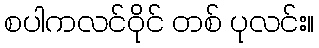
စပါကလင်ဝိုင် တစ် ပုလင်း။